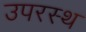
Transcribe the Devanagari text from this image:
उपरस्थ